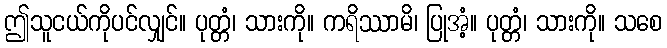
ဤသူငယ်ကိုပင်လျှင်။ ပုတ္တံ၊ သားကို။ ကရိဿာမိ၊ ပြုအံ့။ ပုတ္တံ၊ သားကို။ သစေ